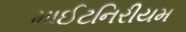
માઈટનિરીયમ